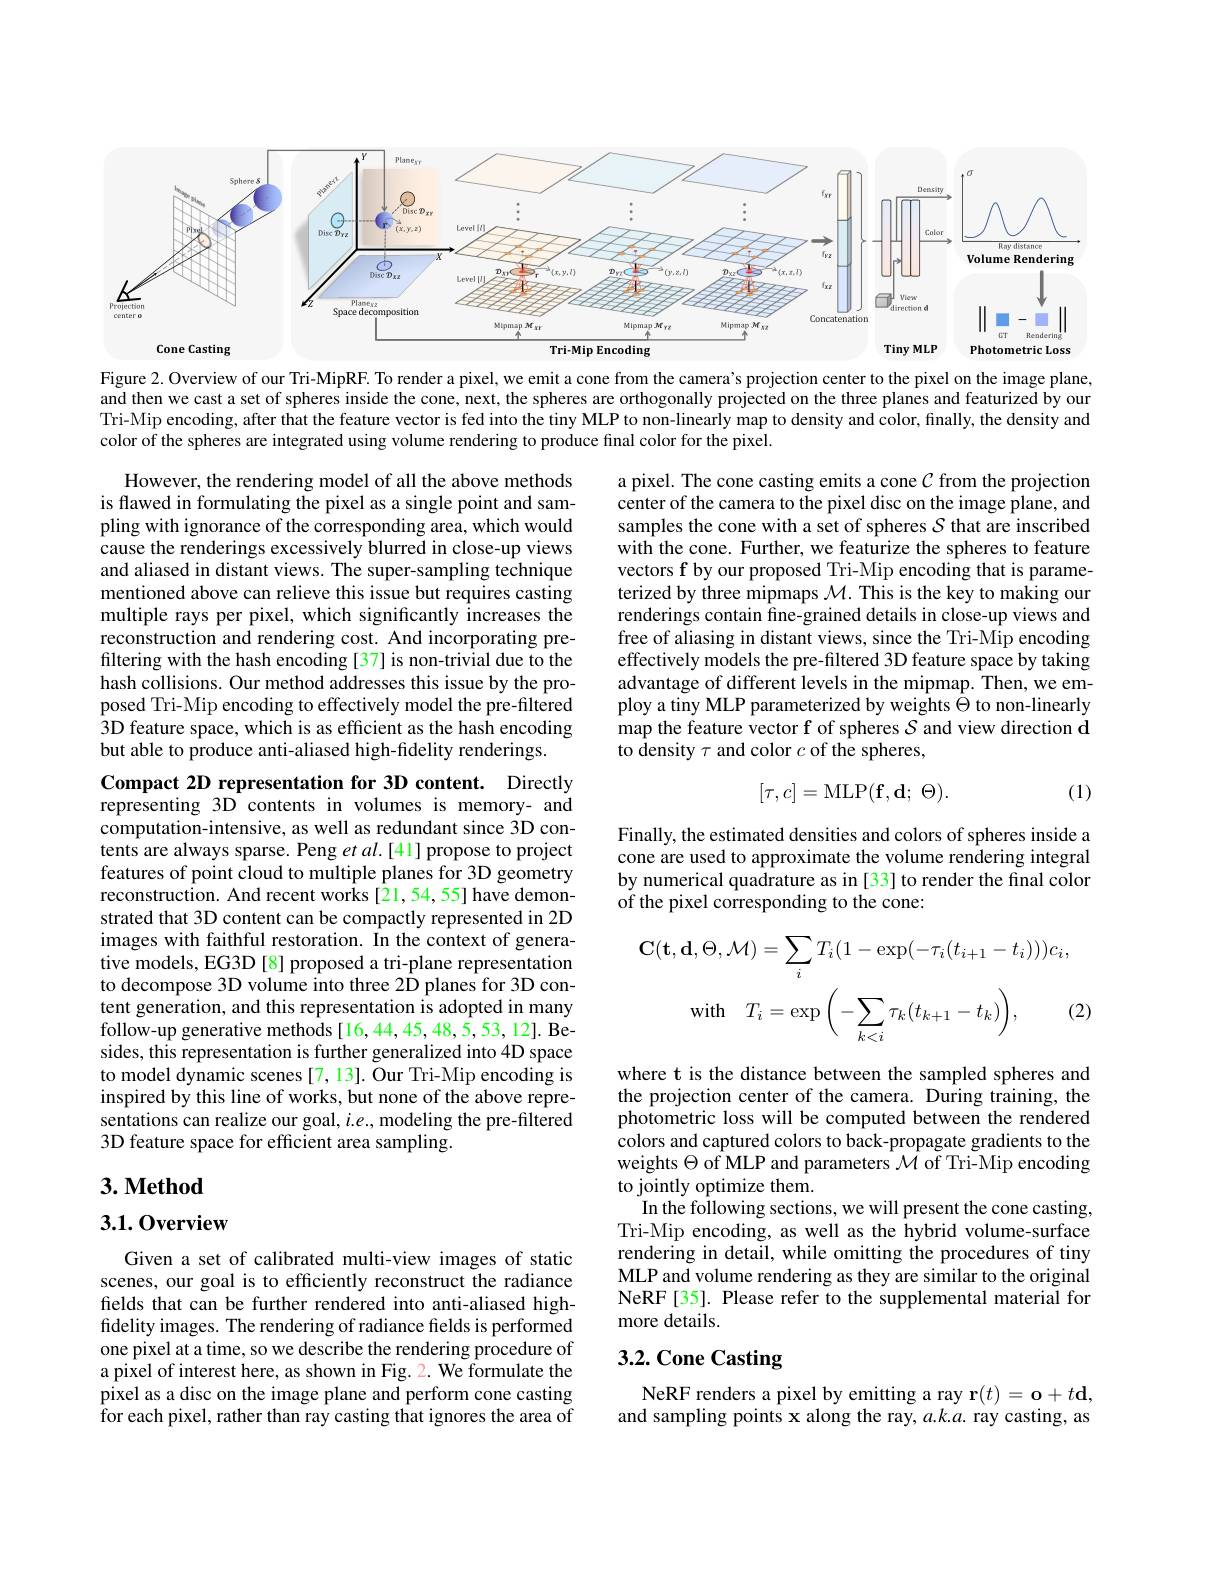
<FigureHere>

Figure 2. Overview of our Tri-MipRF. To render a pixel, we emit a cone from the camera's projection center to the pixel on the image plane, and then we cast a set of spheres inside the cone, next, the spheres are orthogonally projected on the three planes and featurized by our Tri-Mip encoding, after that the feature vector is fed into the tiny MLP to non-linearly map to density and color, finally, the density and color of the spheres are integrated using volume rendering to produce final color for the pixel.

However, the rendering model of all the above methods is flawed in formulating the pixel as a single point and sampling with ignorance of the corresponding area, which would cause the renderings excessively blurred in close-up views and aliased in distant views. The super-sampling technique mentioned above can relieve this issue but requires casting multiple rays per pixel, which significantly increases the reconstruction and rendering cost. And incorporating prefiltering with the hash encoding [37] is non-trivial due to the hash collisions. Our method addresses this issue by the proposed Tri-Mip encoding to effectively model the pre-filtered 3D feature space, which is as efficient as the hash encoding but able to produce anti-aliased high-fidelity renderings.

a pixel. The cone casting emits a cone $\mathcal{C}$ from the projection center of the camera to the pixel disc on the image plane, and samples the cone with a set of spheres $\mathcal{S}$ that are inscribed with the cone. Further, we featurize the spheres to feature vectors f by our proposed Tri-Mip encoding that is parameterized by three mipmaps $\mathcal{M}.$ This is the key to making our renderings contain fine-grained details in close-up views and free of aliasing in distant views, since the Tri-Mip encoding effectively models the pre-filtered 3D feature space by taking advantage of different levels in the mipmap. Then, we employ a tiny MLP parameterized by weights $\Theta$ to non-linearly map the feature vector f of spheres $S$ and view direction $\tilde{\mathbf{d}}$ to density $\tau$ and color $c$ of the spheres,
$$[\tau,c]=\mathrm{MLP}(\mathbf{f},\mathbf{d};\:\Theta).$$
(1)

Finally, the estimated densities and colors of spheres inside a cone are used to approximate the volume rendering integral by numerical quadrature as in [33] to render the final color of the pixel corresponding to the cone:

Compact 2D representation for 3D content. Directly representing 3D contents in volumes is memory- and computation-intensive, as well as redundant since 3D contents are always sparse. Peng et al.[41] propose to project features of point cloud to multiple planes for 3D geometry reconstruction. And recent works [21,54,55] have demonstrated that 3D content can be compactly represented in 2D images with faithful restoration. In the context of generative models, EG3D [8] proposed a tri-plane representation to decompose 3D volume into three 2D planes for 3D content generation, and this representation is adopted in many follow-up generative methods[16,44,45,48,5,53,12]. Besides, this representation is further generalized into 4D space to model dynamic scenes [7, 13]. Õur Tri-Mip encoding is inspired by this line of works, but none of the above representations can realize our goal, $i.e.$, modeling the pre-filtered 3D feature space for efficient area sampling.
$$\mathbf{C}(\mathbf{t},\mathbf{d},\Theta,\mathcal{M})=\sum_{i}T_{i}(1-\exp(-\tau_{i}(t_{i+1}-t_{i})))c_{i},\\\mathrm{with}\quad T_{i}=\exp\bigg(-\sum_{k<i}\tau_{k}(t_{k+1}-t_{k})\bigg),\quad(2$$
## $3. \textbf{Method}$

where t is the distance between the sampled spheres and the projection center of the camera. During training, the photometric loss will be computed between the rendered colors and captured colors to back-propagate gradients to the weights $\Theta$ of MLP and parameters $\mathcal{M}$ of Tri-Mip encoding to jointly optimize them.
In the following sections, we will present the cone casting, Tri-Mip encoding, as well as the hybrid volume-surface rendering in detail, while omitting the procedures of tiny MLP and volume rendering as they are similar to the original NeRF[35]. Please refer to the supplemental material for more details.

## 3.1.0verview

Given a set of calibrated multi-view images of static scenes, our goal is to efficiently reconstruct the radiance fields that can be further rendered into anti-aliased highfidelity images. The rendering of radiance fields is performed one pixel at a time, so we describe the rendering procedure of a pixel of interest here, as shown in Fig. 2. We formulate the pixel as a disc on the image plane and perform cone casting $\hat{\text{for each pixel, rather than ray casting that ignores the area of}}$

# 3.2. Cone Casting

NeRF renders a pixel by emitting a ray r$(t)=\mathbf{o}+t\mathbf{d}$, and sampling points x along the ray, $a.k.a.$ ray casting, as